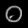
Digit: ၀